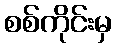
စစ်ကိုင်းမှ